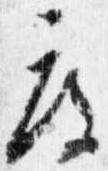
度